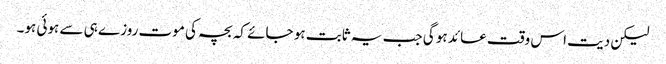
لیکن دیت اس وقت عائد ہو گی جب یہ ثابت ہو جائے کہ بچہ کی موت روزے ہی سے ہوئی ہو۔